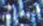
الثغرة